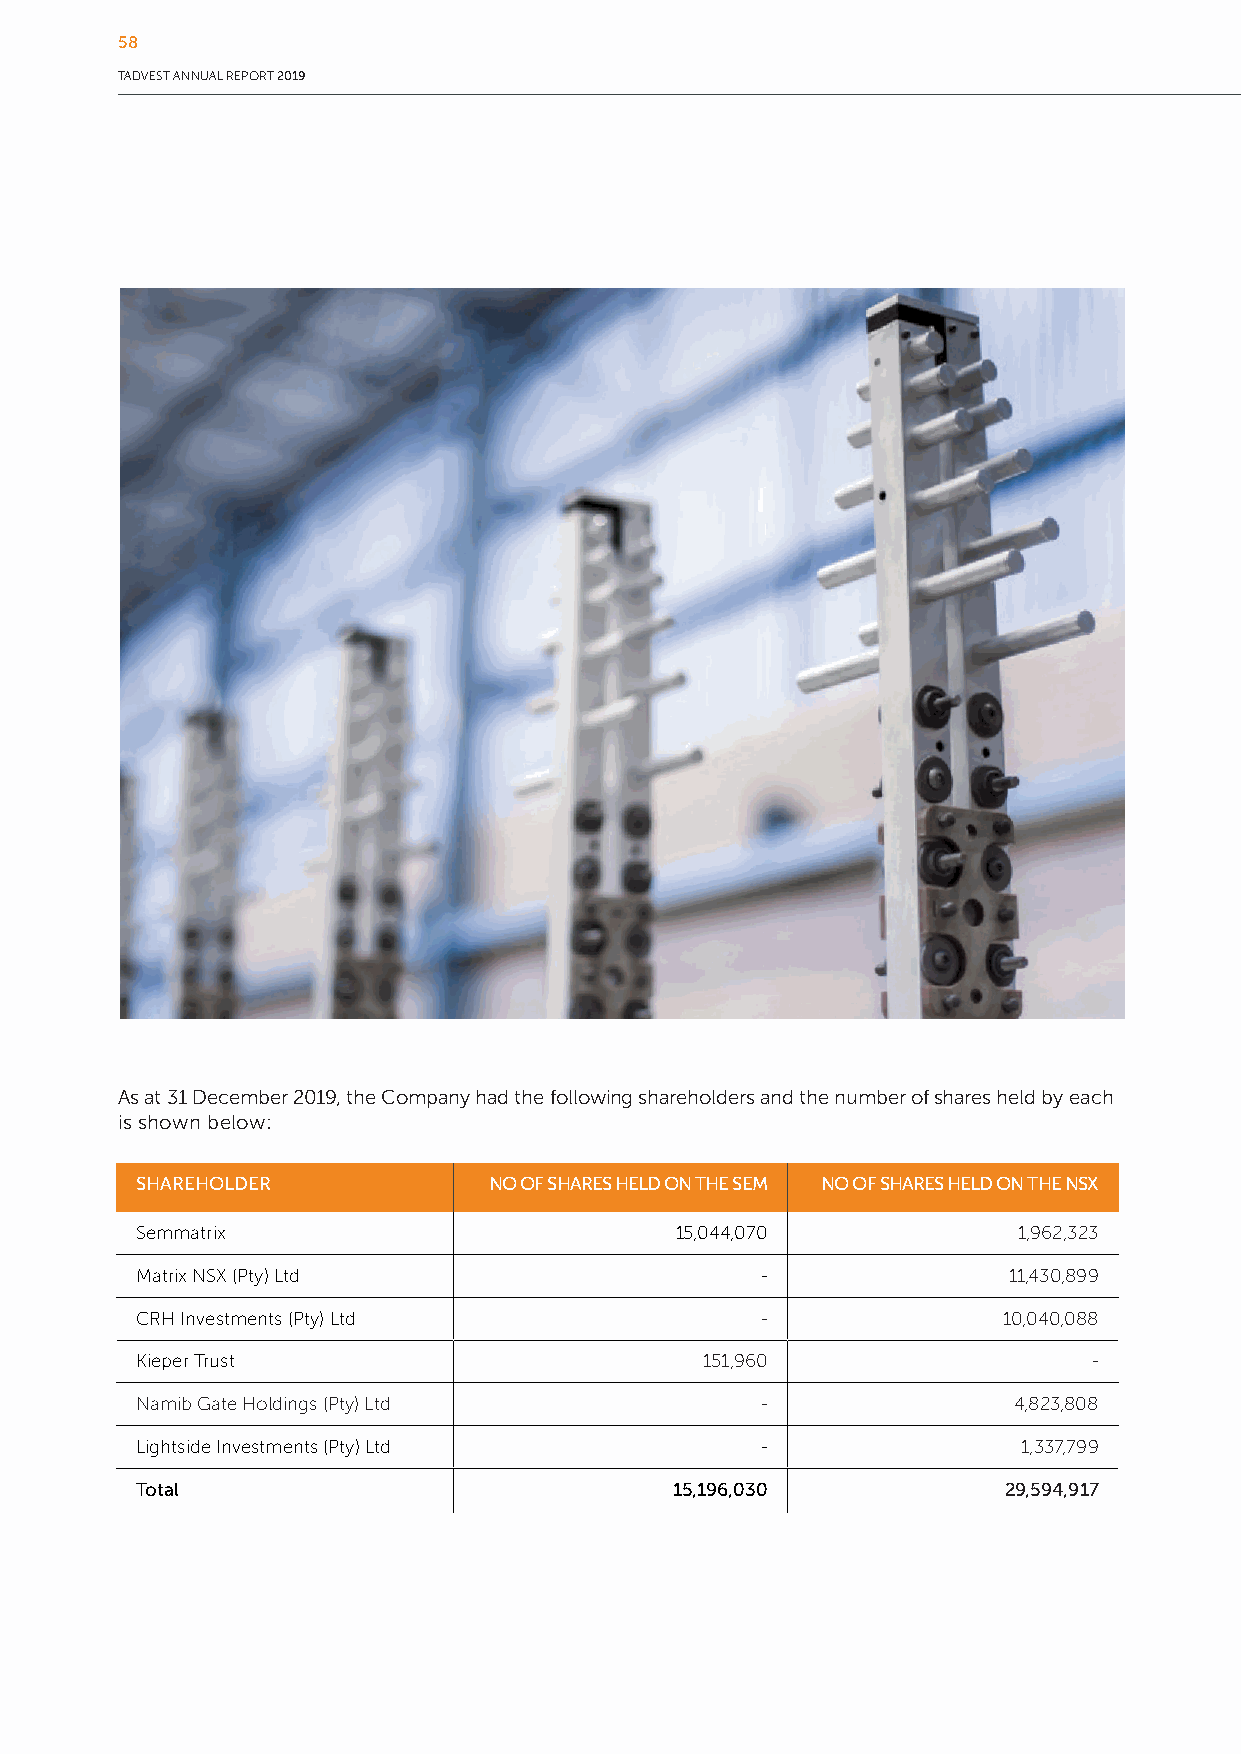
58
 TADVEST ANNUAL REPORT 2019
 As at 31 December 2019, the Company had the following shareholders and the number of shares held by each
 is shown below:
 SHAREHOLDER            NO OF SHARES HELD ON THE SEM NO OF SHARES HELD ON THE NSX
 Semmatrix                           15,044,070            1,962,323
 Matrix NSX (Pty) Ltd                     -                11,430,899
 CRH Investments (Pty) Ltd                -               10,040,088
 Kieper Trust                         151,960                   -
 Namib Gate Holdings (Pty) Ltd            -                4,823,808
 Lightside Investments (Pty) Ltd          -                 1,337,799
 Total                               15,196,030           29,594,917